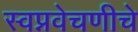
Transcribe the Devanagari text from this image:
स्वप्नवेचणीचे